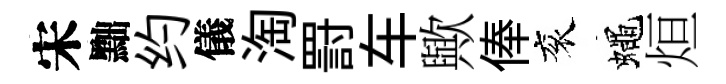
宋黜约儀淘罸车歟俸衮蠅烜